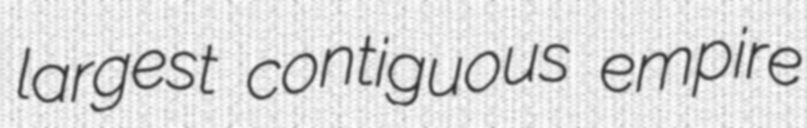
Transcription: largest contiguous empire